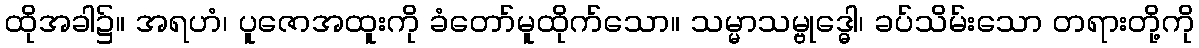
ထိုအခါ၌။ အရဟံ၊ ပူဇောအထူးကို ခံတော်မူထိုက်သော။ သမ္မာသမ္ဗုဒ္ဓေါ၊ ခပ်သိမ်းသော တရားတို့ကို